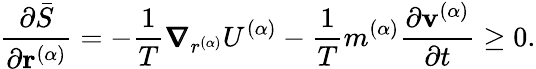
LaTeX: \frac{\partial\bar{S}}{\partial\mathbf{r}^{(\alpha)}}=-\frac{1}{T}\pmb{\nabla}_{r^{(\alpha)}}U^{(\alpha)}-\frac{1}{T}m^{(\alpha)}\frac{\partial\mathbf{v}^{(\alpha)}}{\partial t}\geq 0.